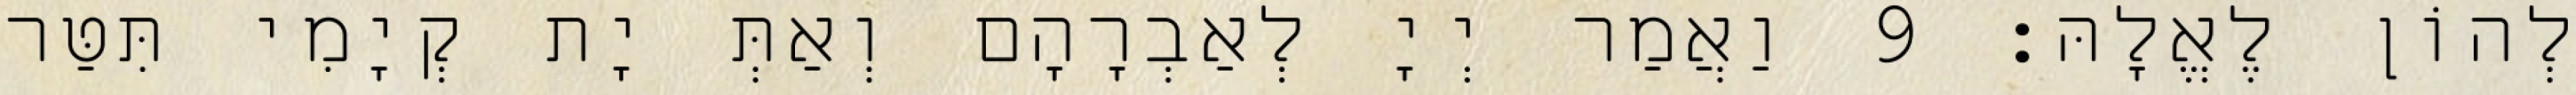
לְהוֹן לֶאֱלָהּ׃ 9 וַאֲמַר יְיָ לְאַבְרָהָם וְאַתְּ יָת קְיָמִי תִּטַּר